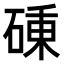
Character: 𥔝